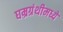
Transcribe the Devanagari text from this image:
घम्रग्रंथीमध्ये